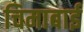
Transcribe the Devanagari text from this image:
चिमाबाई